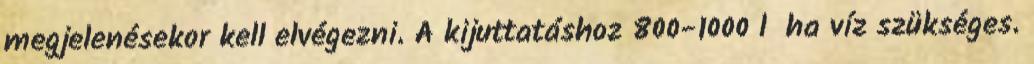
megjelenésekor kell elvégezni. A kijuttatáshoz 800-1000 l ha víz szükséges.